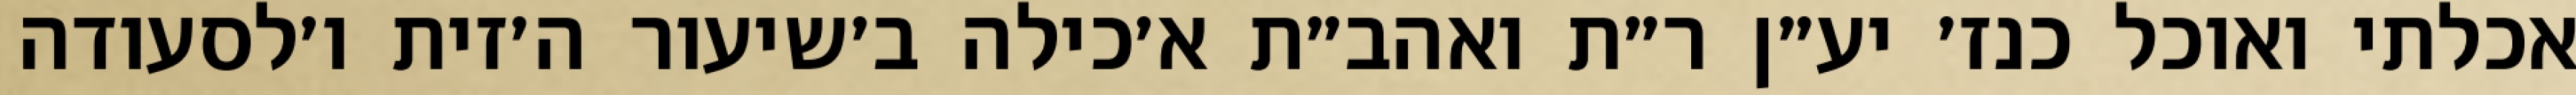
אכלתי ואוכל כנז׳ יע״ן ר״ת ואהב״ת א׳כילה ב׳שיעור ה׳זית ו׳לסעודה